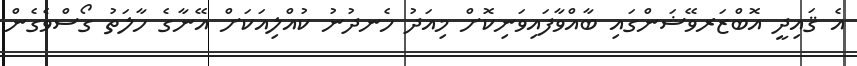
އެ ޤައިދީ އޮބްޒަރވޭޝަންގައި ބާއްވާފައިވަނިކޮށް މިއަދު ހެނދުނު ކުއްލިއަކަށް އޭނާގެ ހާލަތު ގޯސްވެގެން